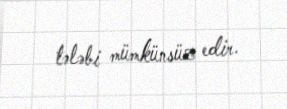
tələbi mümkünsüz edir.